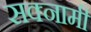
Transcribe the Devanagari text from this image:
सक्नामी